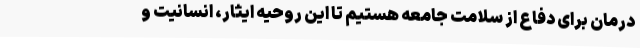
درمان برای دفاع از سلامت جامعه هستیم تا این روحیه ایثار، انسانیت و